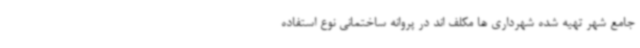
جامع شهر تهیه شده شهرداری ها مکلف اند در پروانه ساختمانی نوع استفاده